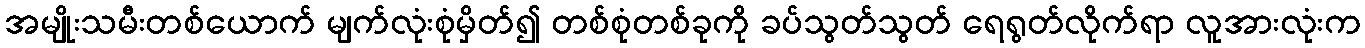
အမျိုးသမီးတစ်ယောက် မျက်လုံးစုံမှိတ်၍ တစ်စုံတစ်ခုကို ခပ်သွတ်သွတ် ရေရွတ်လိုက်ရာ လူအားလုံးက